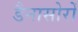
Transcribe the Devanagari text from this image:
डैनासोरों